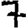
Digit: 7